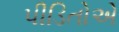
પીડિતોએ